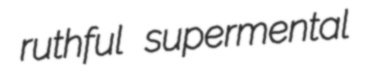
ruthful supermental